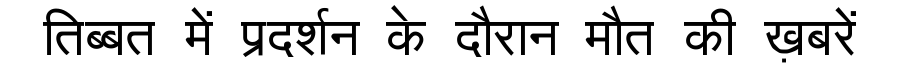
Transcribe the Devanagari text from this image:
तिब्बत में प्रदर्शन के दौरान मौत की ख़बरें